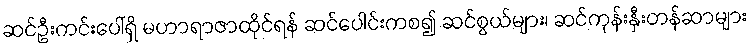
ဆင်ဦးကင်းပေါ်ရှိ မဟာရာဇာထိုင်ရန် ဆင်ပေါင်းကစ၍ ဆင်စွယ်များ၊ ဆင်ကုန်းနှီးတန်ဆာများ